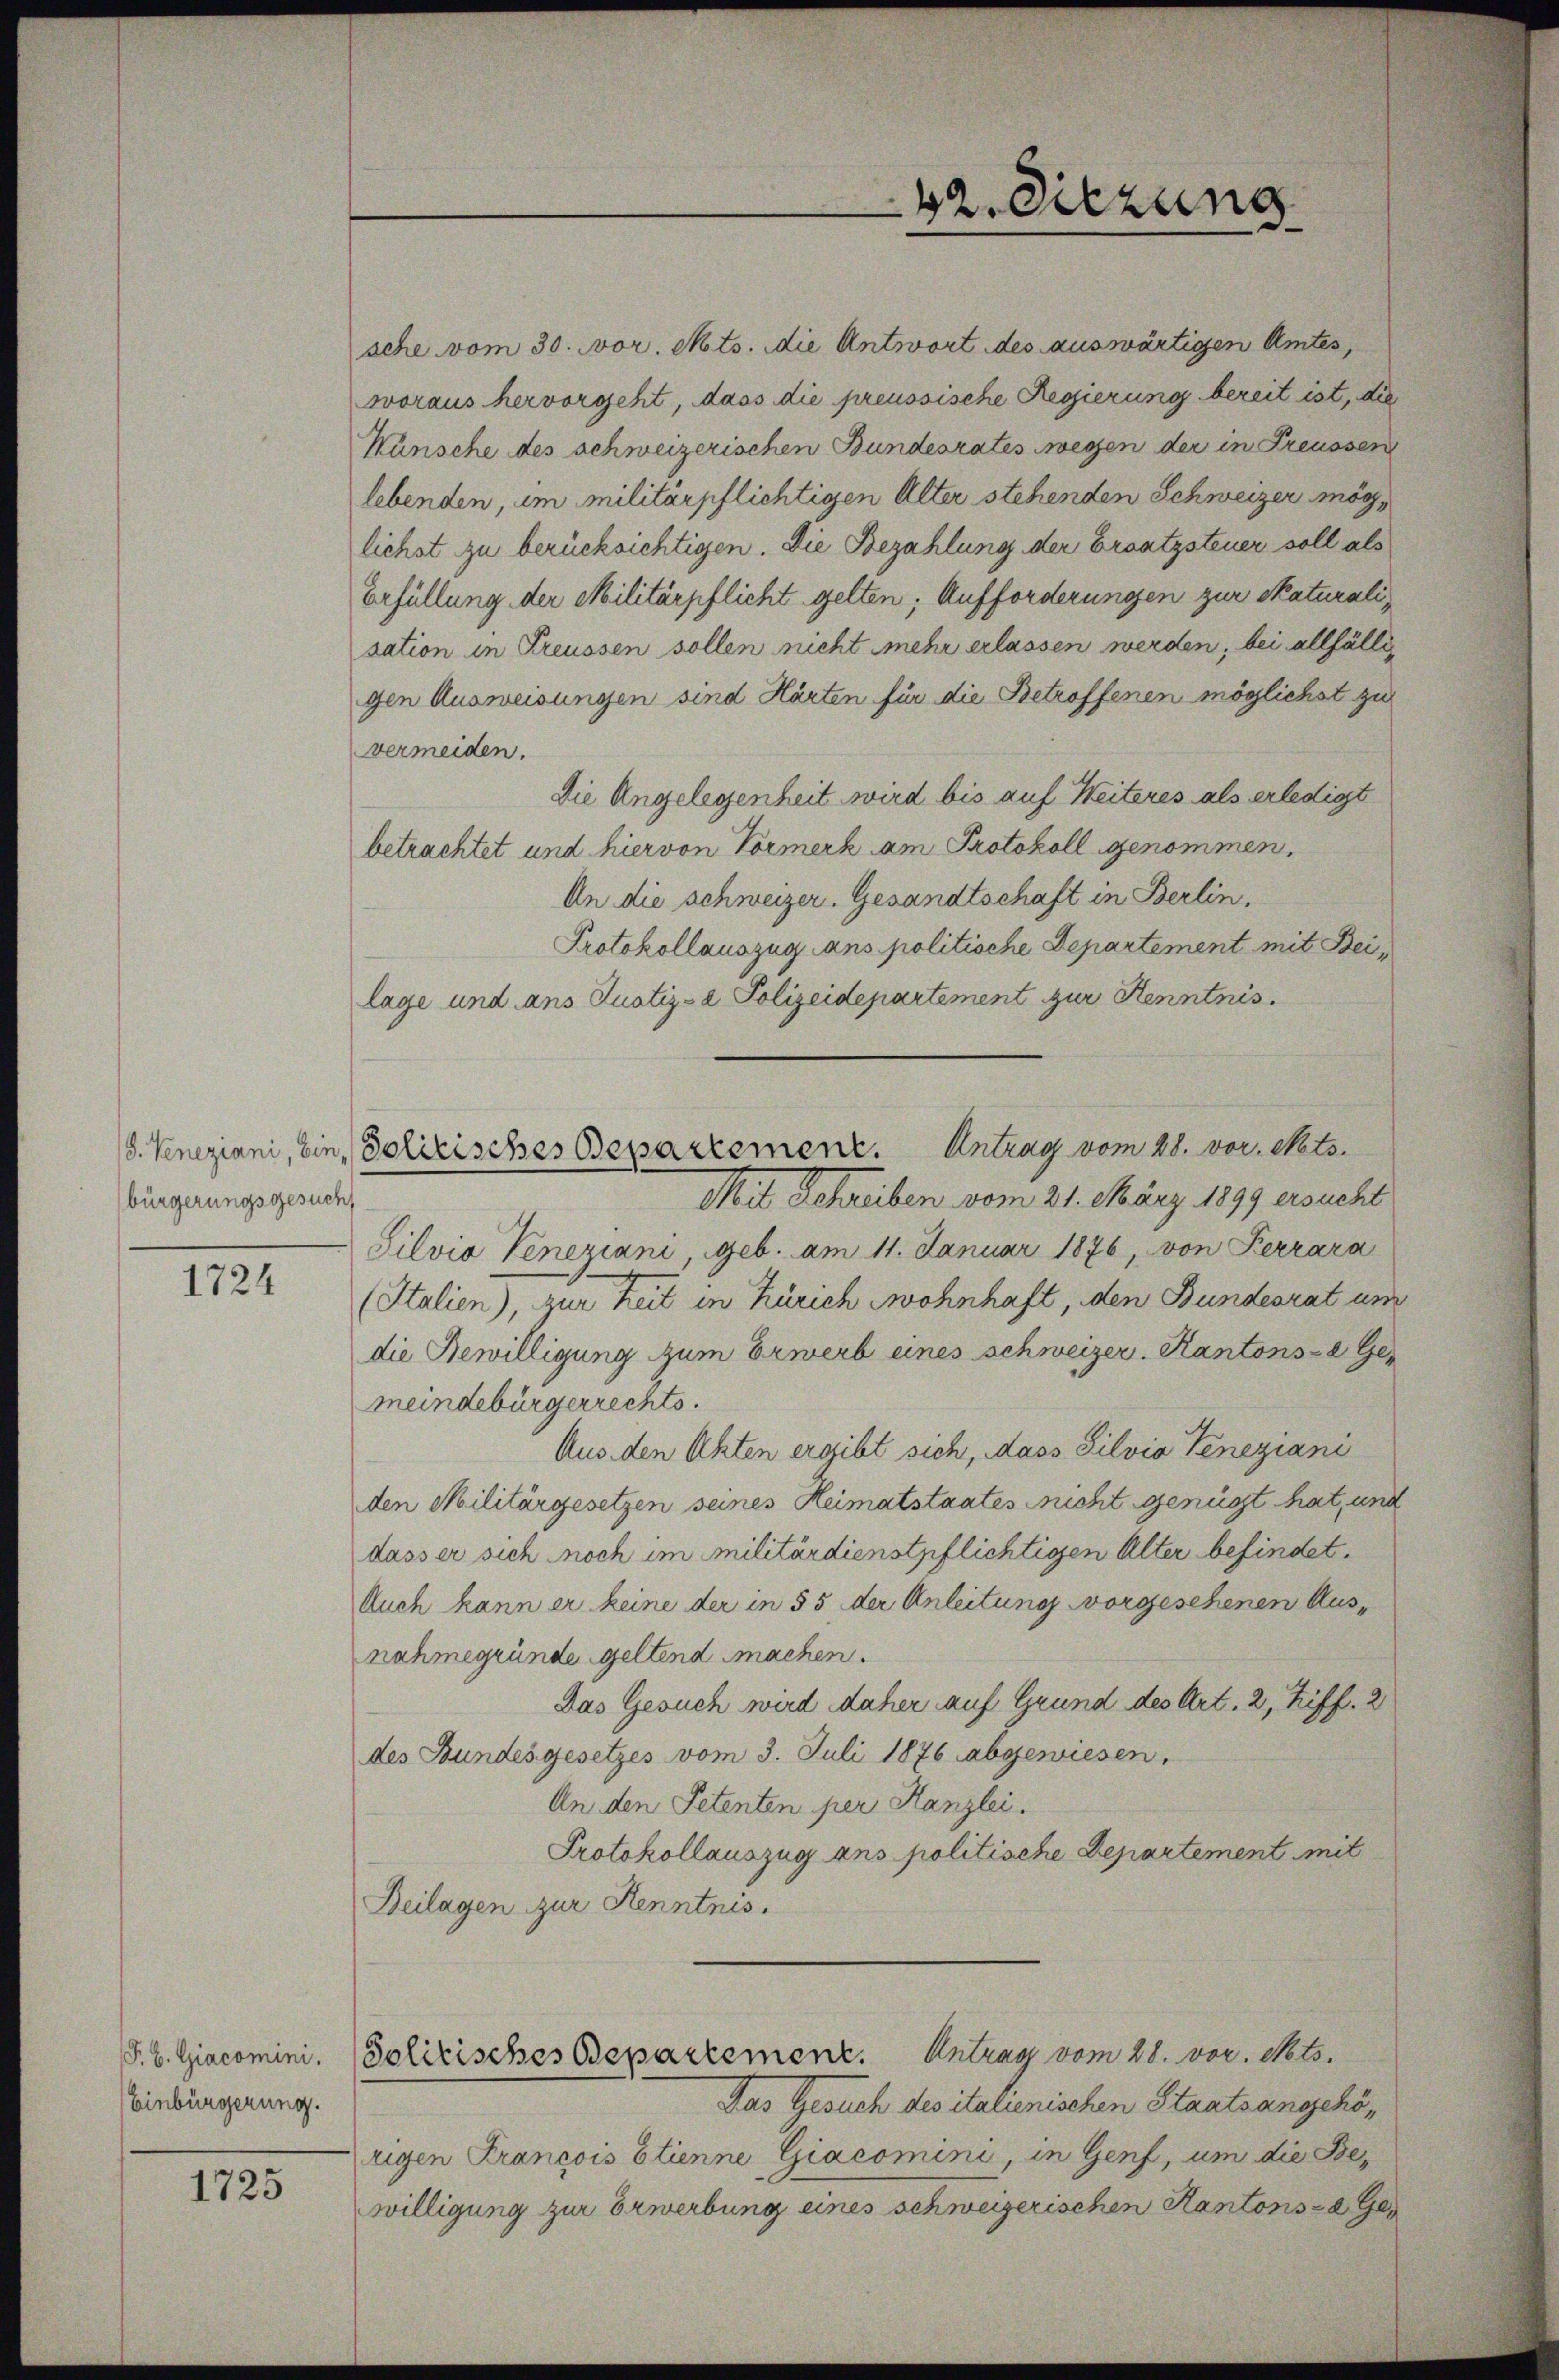
bürgerungsgesuch

1724

Einbürgerung.

1725

sche vom 30. vor. Mts. die Antwort des auswärtigen Amtes,
woraus hervorgeht, dass die preussische Regierung bereit ist, die
Wünsche des schweizerischen Bundesrates wegen der in Freussen
lebenden, im militärpflichtigen Alter stehenden Schweizer möglichst zu berücksichtigen. Die Bezahlung der Ersatzsteuer soll als
Erfüllung der Militärpflicht gelten; Aufforderungen zur Skaturalisation in Preussen sollen nicht mehr erlassen werden, bei allfälligen Ausweisungen sind Härten für die Betroffenen möglichst zur
vermeiden.
Die Angelegenheit wird bis auf Weiteres als erledigt
betrachtet und hiervon Vormerk am Protokoll genommen.
An die schweizer. Gesandtschaft in Berlin,
Protokollauszug ans politische Departement mit Beilage und ans Justiz- & Polizeidepartement zur Kenntnis.
(8. Veneziani, bin, Polizisches Bepartement. Antrag vom 28. vor. Mts.
Mit Schreiben vom 21. März 1899 ersucht
Silvia Veneziani, geb. am 11. Januar 1876, von Ferrara
(Italien), zur Zeit in Zürich wohnhaft, den Bundesrat um
die Bewilligung zum Erwerb eines schweizer. Kantons- & Gemeindebürgerrechts.
Aus den Akten ergibt sich, dass Silvio Veneziani
den Militärgesetzen seines Heimatstaates nicht genügt hat, und
dasser sich noch im militärdienstpflichtigen Alter befindet.
Auch kann er keine der in 55 der Anleitung vorgesehenen Aus-
nahmegründe geltend machen.
Das Gesuch wird daher auf Grund des Art. 2, Ziff. 2
des Bundesgesetzes vom 3. Juli 1876 abgewiesen.
An den Petenten per Kanzlei.
Protokollauszug ans politische Departement mit
Deilagen zur Kenntnis.

P. b. Giacomini. Solitisches Bepartement. Antrag vom 28. vor. Mts.

42. Sitzung

Das Gesuch des italienischen Staatsangehörigen Krancois Etienne Giacomini, in Genf, um die Bewilligung zur Erwerbung eines schweizerischen Kantons- & Ge¬